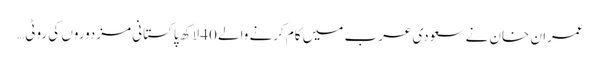
عمران خان نے سعودی عرب میں کام کرنے والے 40 لاکھ پاکستانی مزدوروں کی روٹی…